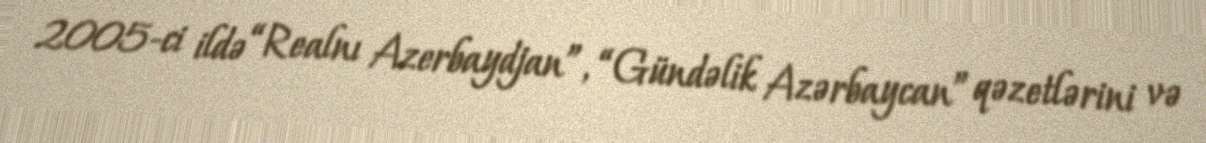
2005-ci ildə “Realnı Azerbaydjan”, “Gündəlik Azərbaycan” qəzetlərini və